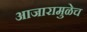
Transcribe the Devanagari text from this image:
आजारामुळेच